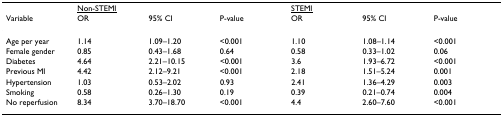
<table><thead><tr><td></td><td colspan="3"><b><underline>Non-STEMI</underline></b></td><td colspan="3"><b><underline>STEMI</underline></b></td></tr><tr><td><b>Variable</b></td><td><b>OR</b></td><td><b>95% CI</b></td><td><b>P-value</b></td><td><b>OR</b></td><td><b>95% CI</b></td><td><b>P-value</b></td></tr></thead><tbody><tr><td>Age per year</td><td>1.14</td><td>1.09–1.20</td><td>&lt;0.001</td><td>1.10</td><td>1.08–1.14</td><td>&lt;0.001</td></tr><tr><td>Female gender</td><td>0.85</td><td>0.43–1.68</td><td>0.64</td><td>0.58</td><td>0.33–1.02</td><td>0.06</td></tr><tr><td>Diabetes</td><td>4.64</td><td>2.21–10.15</td><td>&lt;0.001</td><td>3.6</td><td>1.93–6.72</td><td>&lt;0.001</td></tr><tr><td>Previous MI</td><td>4.42</td><td>2.12–9.21</td><td>&lt;0.001</td><td>2.18</td><td>1.51–5.24</td><td>0.001</td></tr><tr><td>Hypertension</td><td>1.03</td><td>0.53–2.02</td><td>0.93</td><td>2.41</td><td>1.36–4.29</td><td>0.003</td></tr><tr><td>Smoking</td><td>0.58</td><td>0.26–1.30</td><td>0.19</td><td>0.39</td><td>0.21–0.74</td><td>0.004</td></tr><tr><td>No reperfusion</td><td>8.34</td><td>3.70–18.70</td><td>&lt;0.001</td><td>4.4</td><td>2.60–7.60</td><td>&lt;0.001</td></tr></tbody></table>